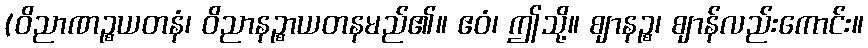
(ဝိညာဏဉ္စယတနံ၊ ဝိညာနဉ္စာယတနမည်၏။ ဧဝံ၊ ဤသို့။ ဈာနဉ္စ၊ ဈာန်လည်းကောင်း။